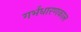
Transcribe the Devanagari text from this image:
गर्भधारणकाल